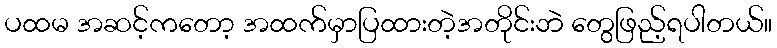
ပထမ အဆင့်ကတော့ အထက်မှာပြထားတဲ့အတိုင်းဘဲ တွေဖြည့်ရပါတယ်။